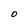
Character: O